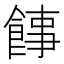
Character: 䭄